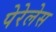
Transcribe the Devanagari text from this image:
पेरेलेस